Report on malaria in the Punjab during the year ...  together with an account of the work of the Punjab Malaria Bureau - Volume 6
Disease focus: Malaria
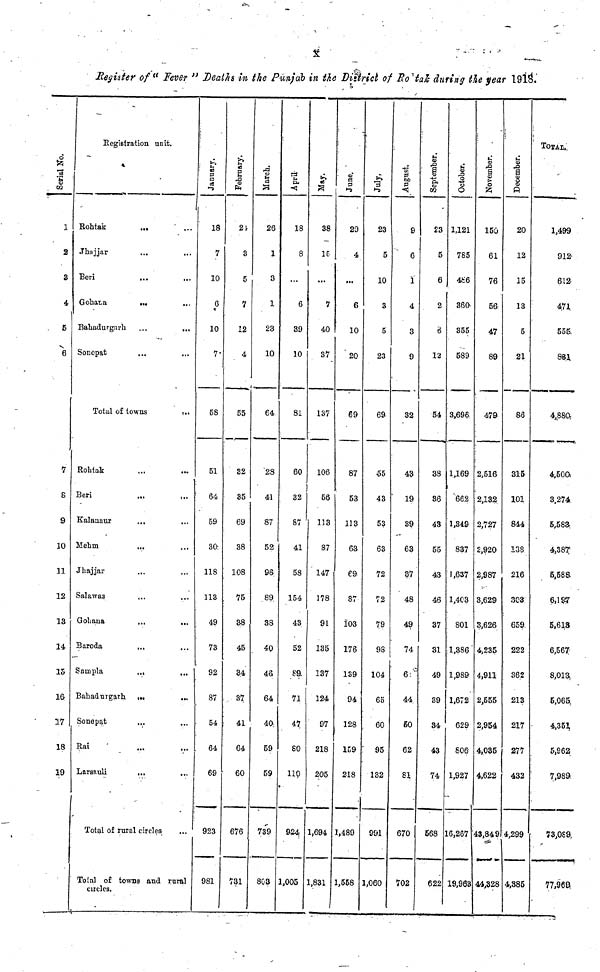
Register of "Fever" Deaths in the Punjab in the District of Ro'tak during the year 1918.
1
2
4
5
6
7
8
9
10
11
12
13
14
15
16
17
18
19
Registration unit.
Rohtak
...
...
Jhajjar
Beri
...
Gohana
...
Bahadurgarh
Sonepat
...
...
Total of towns
...
Rohtak
Beri
Kalanaur
...
Mehm
...
Jhajjar
Salawas
Gohana
...
...
Baroda
Sarnpla
...
Bahadurgarh. ...
...
Sonepat
...
Rai
Larsauli
...
Total of rural circles
...
Total of towns and rural
circles.
January.
18
7
10
6
10
7-
58
51
64
59
3G
118
113
49
73
92
87
•
54
64
69
923
981
February.
21
3
5
7
12
4
B5
32
35
69
38
108
. ?5
38
45
3.4
- 37
: 41
64
60
676
731
March.
26
1
3
1
23
10
64
'28
41
87
52
96
89
38
40
46.
64
40;
59
59
739
803
u
•<
18
8
...
6
39
10
81
60
32
S7
41
58
154
43
52
89.
71
47,
80
110
924
1,005
38
16
...
7
40
37
137
106
56
113
87
' 147
178
91
135
137
124
97
218
205
1,694
1,831
June.
29
4
...
6
10
20
69
87
53
113
63
C9
87
103
176
139
94
128
K9
218
1,489
1,558
July.
23
5
10
3
5
23
69
&
43
53
63
72
72
79
98
104
65
60
' 95
132
991
1,060
August.
9
6
1
4
3
9
32
4?
19
39
63
3V
48
49
74
6: C
44
B0
62
• si
670
702
September
23
5
6
2
d
12
54
38
36
43
55
43
46
37
31
49
39
34
43
74
568
622
October.
1,121
785
45:6
360-
355
589
3,696
1,169
'662
1,349
837
1,637
1,403
801
1,386'
1,989
1,672
629
806
1,927
16,267
19,963
November.
150
61
76
56
47
89
479-
2,516
2,132
2,727
2,920
2,987
3,629
3,626
4,235
4,911
2,555
2,954
4,035
4,622
43,849
44,328
December.
20
12
15
13
5
21
86
315
101
844
138
216
303
659,
222
362
213
217
277
432
4,299
4,385
TOTAI,..
1,499
912-
612
47J,
556.
831
4,880,
4,500)
3.274
5,583.
4,387/
5,588-
6,1 s^r
5,613
6,567
8,013,
5,065,
4,352,
5,862
7,98ft
73,0S9,
77,960!